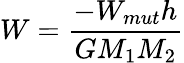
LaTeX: W=\displaystyle\frac{-W_{mut}h}{GM_{1}M_{2}}